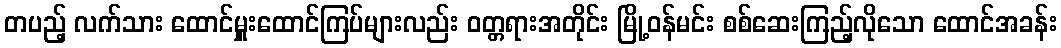
တပည့် လက်သား ထောင်မှူးထောင်ကြပ်များလည်း ဝတ္တရားအတိုင်း မြို့ဝန်မင်း စစ်ဆေးကြည့်လိုသော ထောင်အခန်း